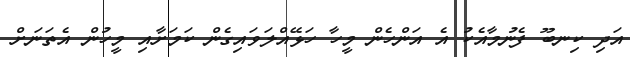
އަދި ކިނބޫ ފެނުމާއެކު އެ އަންހެން މީހާ ހަޅޭއްލަވައިގެން ކަމަށާއި މީހުން އެތަނަށް